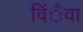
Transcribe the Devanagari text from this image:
विंैवा